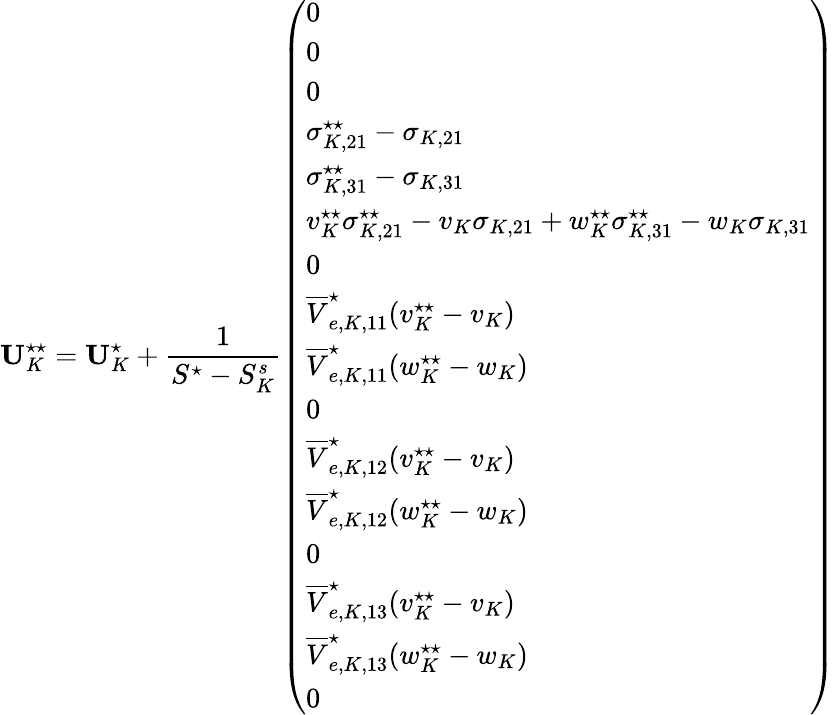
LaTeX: \mathbf{U}_{K}^{\star\star}=\mathbf{U}_{K}^{\star}+\frac{1}{S^{\star}-S_{K}^{s}}\left(\begin{array}{l}{0}\\ {0}\\ {0}\\ {\sigma_{K,21}^{\star\star}-\sigma_{K,21}}\\ {\sigma_{K,31}^{\star\star}-\sigma_{K,31}}\\ {v_{K}^{\star\star}\sigma_{K,21}^{\star\star}-v_{K}\sigma_{K,21}+w_{K}^{\star\star}\sigma_{K,31}^{\star\star}-w_{K}\sigma_{K,31}}\\ {0}\\ {\overline{{V}}_{e,K,11}^{\star}(v_{K}^{\star\star}-v_{K})}\\ {\overline{{V}}_{e,K,11}^{\star}(w_{K}^{\star\star}-w_{K})}\\ {0}\\ {\overline{{V}}_{e,K,12}^{\star}(v_{K}^{\star\star}-v_{K})}\\ {\overline{{V}}_{e,K,12}^{\star}(w_{K}^{\star\star}-w_{K})}\\ {0}\\ {\overline{{V}}_{e,K,13}^{\star}(v_{K}^{\star\star}-v_{K})}\\ {\overline{{V}}_{e,K,13}^{\star}(w_{K}^{\star\star}-w_{K})}\\ {0}\end{array}\right)